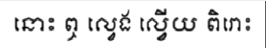
នោះ ឮ ល្វេង ល្វើយ ពិរោះ